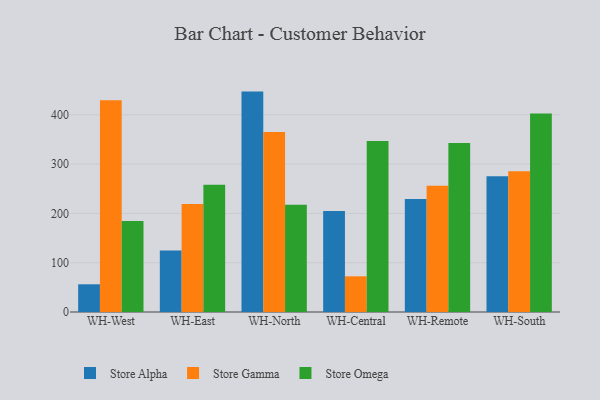
{"axis": {"x": "Warehouse", "y": "Demand Index"}, "legend": ["Store Alpha", "Store Gamma", "Store Omega"], "data": [{"x": "WH-West", "y": 56.2, "type": "Store Alpha"}, {"x": "WH-West", "y": 429.6, "type": "Store Gamma"}, {"x": "WH-West", "y": 184.4, "type": "Store Omega"}, {"x": "WH-East", "y": 125.0, "type": "Store Alpha"}, {"x": "WH-East", "y": 219.3, "type": "Store Gamma"}, {"x": "WH-East", "y": 258.2, "type": "Store Omega"}, {"x": "WH-North", "y": 447.1, "type": "Store Alpha"}, {"x": "WH-North", "y": 365.0, "type": "Store Gamma"}, {"x": "WH-North", "y": 217.6, "type": "Store Omega"}, {"x": "WH-Central", "y": 204.7, "type": "Store Alpha"}, {"x": "WH-Central", "y": 72.4, "type": "Store Gamma"}, {"x": "WH-Central", "y": 346.7, "type": "Store Omega"}, {"x": "WH-Remote", "y": 229.3, "type": "Store Alpha"}, {"x": "WH-Remote", "y": 256.0, "type": "Store Gamma"}, {"x": "WH-Remote", "y": 342.6, "type": "Store Omega"}, {"x": "WH-South", "y": 275.4, "type": "Store Alpha"}, {"x": "WH-South", "y": 285.4, "type": "Store Gamma"}, {"x": "WH-South", "y": 402.6, "type": "Store Omega"}]}